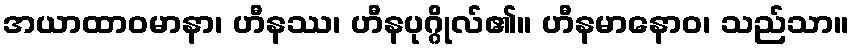
အယာထာဝမာနာ၊ ဟီနဿ၊ ဟီနပုဂ္ဂိုလ်၏။ ဟီနမာနောဝ၊ သည်သာ။